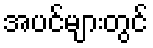
အပင်များတွင်